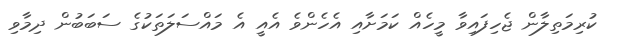
ކުރިމަތިލާން ޖެހިފައިވާ މީހެއް ކަމަށާއި އެހެންވެ އެއީ އެ މައްސަލަތަކުގެ ސަބަބުން ދިމާވި